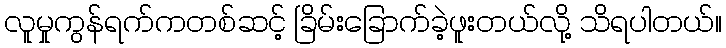
လူမှုကွန်ရက်ကတစ်ဆင့် ခြိမ်းခြောက်ခဲ့ဖူးတယ်လို့ သိရပါတယ်။